Leaving Certificate Examination, 1922
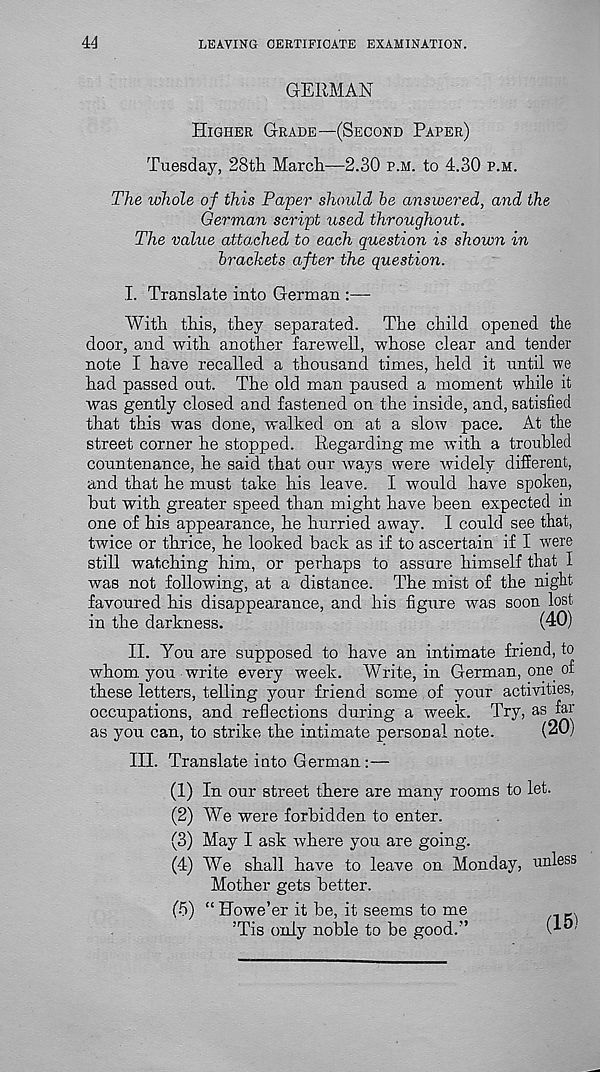
44
LEAVING CERTIFICATE EXAMINATION.
GERMAN
Higher Grade—(Second Paper)
Tuesday, 28th, March—2.30 p.m. to 4.30 p.m.
The whole of this Paper should he answered, and the
German script used throughout.
The value attached to each question is shown in
brackets after the question.
I. Translate into German :—
With this, they separated. The child opened the
door, and with another farewell, whose clear and tender
note I have recalled a thousand times, held it until we
had passed out. The old man paused a moment while it
was gently closed and fastened on the inside, and, satisfied
that this was done, walked on at a slow pace. At the
street corner he stopped. Regarding me with a troubled
countenance, he said that our ways were widely different,
and that he must take his leave. I would have spoken,
but with greater speed than might have been expected in
one of his appearance, he hurried away. I could see that,
twice or thrice, he looked back as if to ascertain if I were
still watching him, or perhaps to assure himself that I
was not following, at a distance. The mist of the night
favoured his disappearance, and his figure was soon lost
in the darkness.
(40)
II. You are supposed to have an intimate friend, to
whom, you write every week. Write, in German, one of
these letters, telling your friend some of your activities,
occupations, and reflections during a week. Try, as far
as you can, to strike the intimate personal note.
(20)
III. Translate into German:—
(1) In our street there are many rooms to let.
(2) We were forbidden to enter.
(3) May I ask where you are going.
(4) We shall have to leave on Monday, unless
Mother gets better.
(5) “ Howe’er it be, it seems to me
’Tis only noble to be good.”
(15)